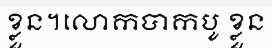
ខ្លួន។លោកបាកបូ ខ្លួន